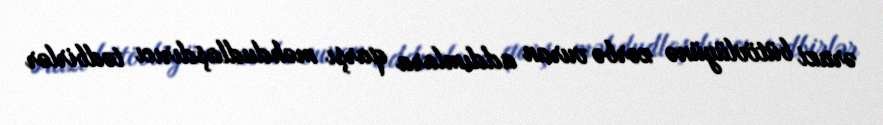
ərazi bütövlüyünə zərbə vuran addımlara qarşı məhdudlaşdırıcı tədbirlər